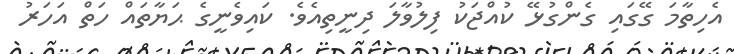
އެހިތާމަ ގޭގައި ގެންގުޅޭ ކުއްޖަކު ފިލުވާލަ ދިނީތިއެވެ. ކައިވެނީގެ ޙަޔާތައް ހަތް އަހަރު